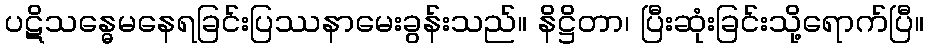
ပဋိသန္ဓေမနေရခြင်းပြဿနာမေးခွန်းသည်။ နိဋ္ဌိတာ၊ ပြီးဆုံးခြင်းသို့ရောက်ပြီ။